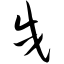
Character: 戌